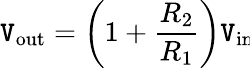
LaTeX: \mathtt{V}_{\mathrm{{out}}}=\left(1+{\frac{{R_{\mathrm{{2}}}}}{{R_{\mathrm{{1}}}}}}\right)\mathtt{V}_{\mathrm{{in}}}\!